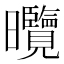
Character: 𭨕